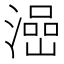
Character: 澏